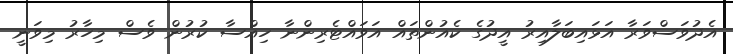
އެދުވަސްވަރާ އަޅައިބަލާއިރު އީދުގެ ކެއުންތައް އަވައްޓެރިންނާ ހިއްސާ ކުރުން ވެސް މިހާރު މިވަނީ